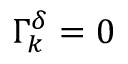
\Gamma _ { k } ^ { \delta } = 0